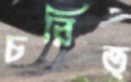
চরিত্